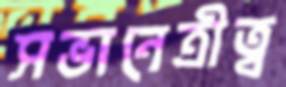
সভানেত্রীত্ব